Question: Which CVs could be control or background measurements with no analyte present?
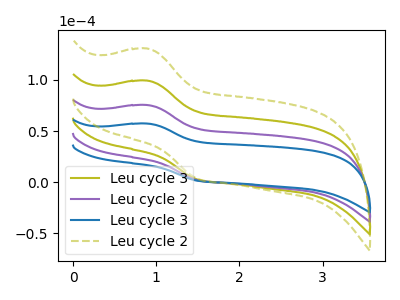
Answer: <think>The olive curve "Leu cycle 3" has an anodic peak at (0.90V, 150.95uA) and a cathodic peak at (1.50V, 3.80uA). The purple curve "Leu cycle 2" has an anodic peak at (0.90V, 75.45uA) and a cathodic peak at (1.50V, 1.90uA). The blue curve "Leu cycle 3" has an anodic peak at (0.90V, 57.35uA) and a cathodic peak at (1.50V, 1.45uA). The olive dashed curve "Leu cycle 2" has an anodic peak at (0.90V, 226.40uA) and a cathodic peak at (1.50V, 5.75uA).</think>
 <answer>There are not any CV's on this graph that are likely to be blanks.</answer>
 <eval>none</eval>